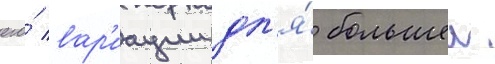
его́ вар'иации дл'я́ большеи